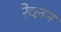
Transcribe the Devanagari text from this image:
रेव्लन